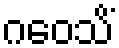
ဂဝေသိံ